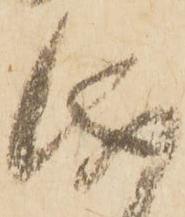
儀